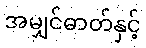
အမျှင်ဓာတ်နှင့်